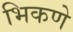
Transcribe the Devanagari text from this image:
भिकणे